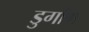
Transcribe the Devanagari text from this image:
डुगाँग